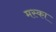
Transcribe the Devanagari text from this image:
मस्का